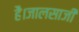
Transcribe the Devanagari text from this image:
है।जालसाजी